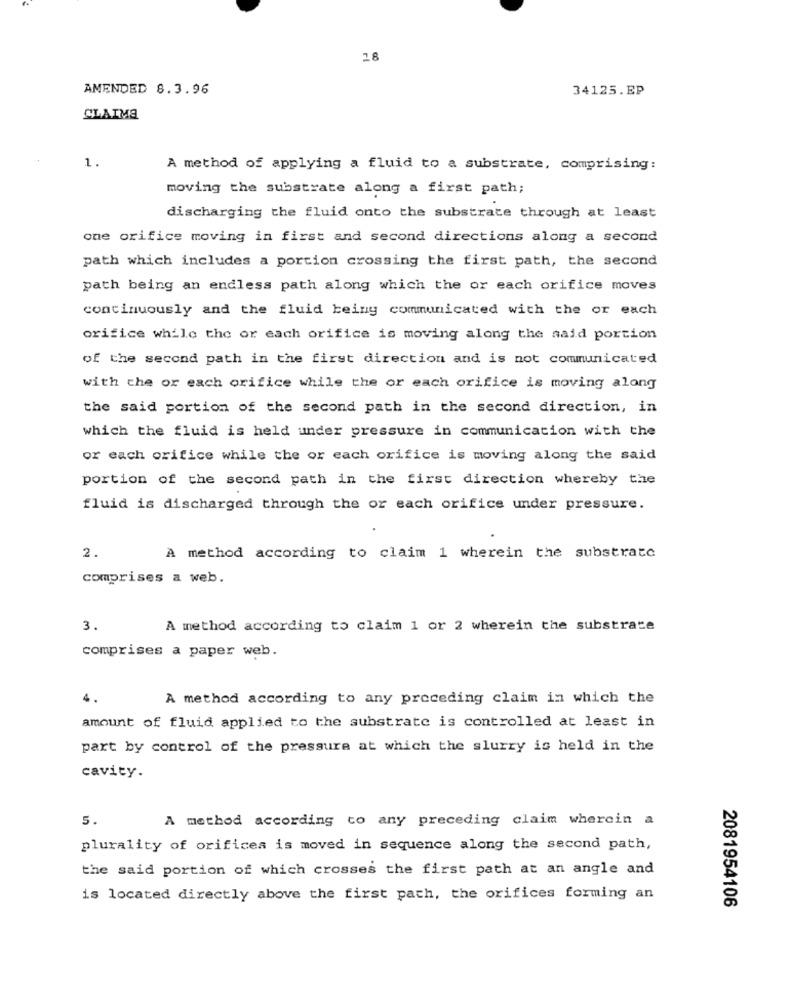
28
AMENDED 8.3.96
34125.EP
CLAIMA
1.
A method of applying a fluid to a substrate, comprising:
moving the substrate along a first path;
discharging the fluid onto the substrate through at least
one orifice moving in first and second directions along a second
path which includes a portion crossing the first path, the second
path being an endless path along which the or each orifice moves
continuously and the fluid being communicated with the or each
orifice while the or each orifice is moving along the said portion
of the second path in the first direction and is not communicated
with the or each orifice while the or each orifice is moving along
the said portion of the second path in the second direction, in
which the fluid is held under pressure in communication with the
or each orifice while the or each orifice is moving along the said
portion of the second path in the first direction whereby the
fluid is discharged through the or each orifice under pressure.
2.
A method according to claim 1 wherein the substrate
comprises a web.
3.
A method according to claim 1 or 2 wherein the substrate
comprises a paper web.
A method according to any preceding claim in which the
amount of fluid applied to the substrate is controlled at least in
part by control of the pressure at which the slurry is held in the
cavity.
5.
A method according to any preceding claim wherein a
plurality of orifices is moved in sequence along the second path,
the said portion of which crosses the first path at an angle and
is located directly above the first pach, the orifices forming an
2081954106